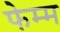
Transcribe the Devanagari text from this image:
फेम्म